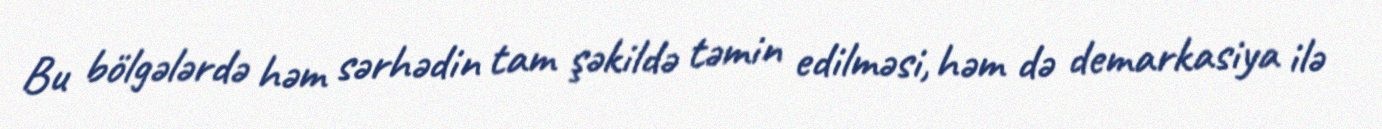
Bu bölgələrdə həm sərhədin tam şəkildə təmin edilməsi, həm də demarkasiya ilə